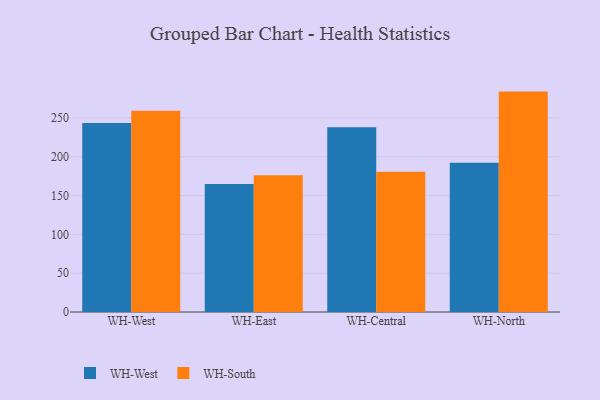
{"axis": {"x": "Warehouse", "y": "Customer Acquisition Cost (USD)"}, "legend": ["WH-South", "WH-West"], "data": [{"x": "WH-West", "y": 243.4, "type": "WH-West"}, {"x": "WH-West", "y": 259.3, "type": "WH-South"}, {"x": "WH-East", "y": 164.8, "type": "WH-West"}, {"x": "WH-East", "y": 176.2, "type": "WH-South"}, {"x": "WH-Central", "y": 238.0, "type": "WH-West"}, {"x": "WH-Central", "y": 180.7, "type": "WH-South"}, {"x": "WH-North", "y": 192.2, "type": "WH-West"}, {"x": "WH-North", "y": 283.9, "type": "WH-South"}]}